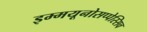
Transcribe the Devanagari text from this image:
इम्मयूनोसप्पेस्सिव